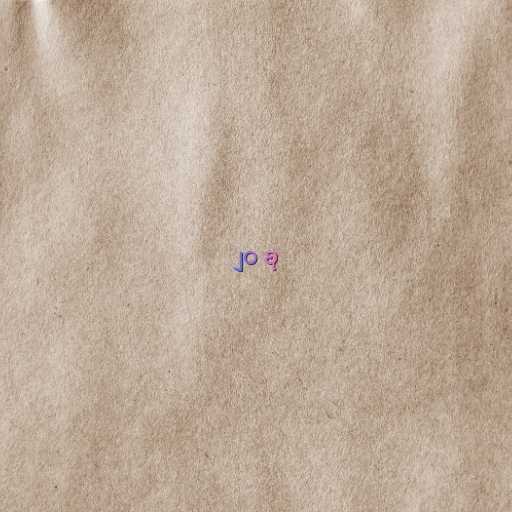
၂၀ စု